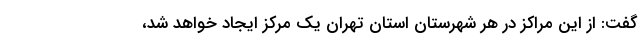
گفت: از این مراکز در هر شهرستان استان تهران یک مرکز ایجاد خواهد شد،